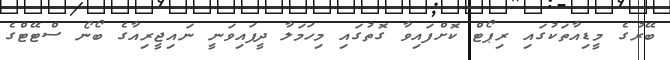
ބޭރުގެ މީޑިއާތަކުގައި ރިޕޯޓް ކޮށްފައިވާ ގޮތުގައި މިހަމަލާ ދީފައިވަނީ ނައިޖީރިއާގެ ބޯނޯ ސްޓޭޓްގެ